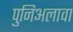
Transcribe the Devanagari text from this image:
पुनिअलावा